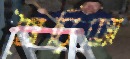
তৈরিতো